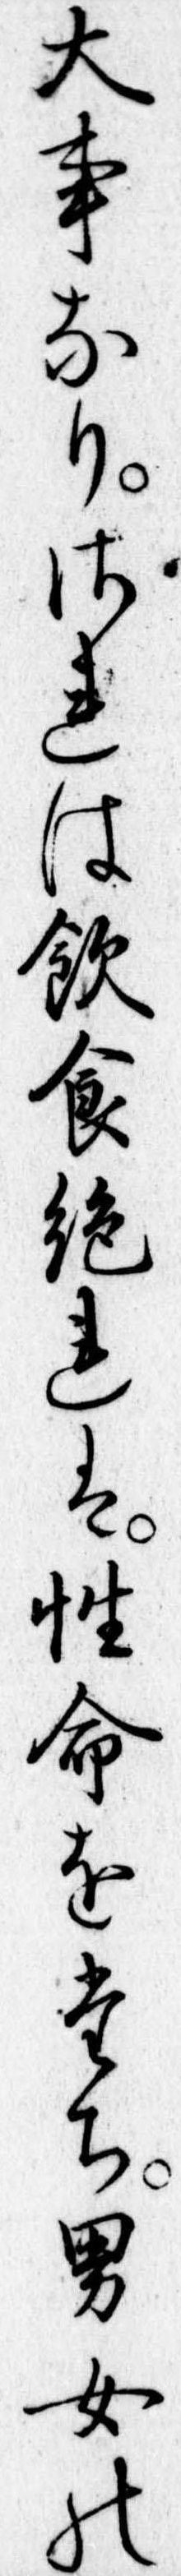
大事なりされは飲食絶れは性命をたち男女の